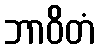
ဘာဝိတံ